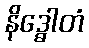
နိဒ္ဓေါတံ